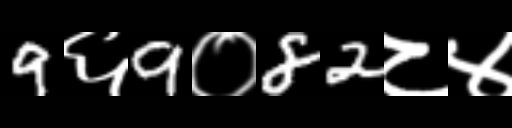
Text: 9६9०82८४